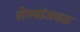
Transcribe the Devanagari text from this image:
लेण्यांजवळ